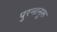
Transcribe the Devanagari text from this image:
पुरनानूरू